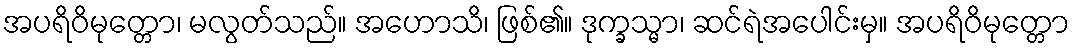
အပရိဝိမုတ္တော၊ မလွတ်သည်။ အဟောသိ၊ ဖြစ်၏။ ဒုက္ခသ္မာ၊ ဆင်ရဲအပေါင်းမှ။ အပရိဝိမုတ္တော